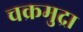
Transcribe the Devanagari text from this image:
चक्रमुद्रा